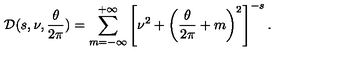
{ \cal D } ( s , \nu , { \frac { \theta } { 2 \pi } } ) = \sum _ { m = - \infty } ^ { + \infty } \left[ \nu ^ { 2 } + \left( { \frac { \theta } { 2 \pi } } + m \right) ^ { 2 } \right] ^ { - s } .